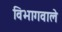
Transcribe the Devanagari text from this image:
विभागवाले